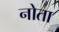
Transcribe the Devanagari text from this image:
नोता